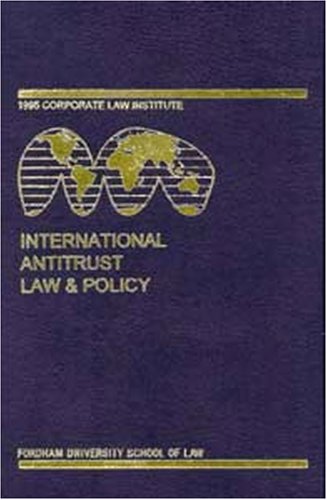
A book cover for International Antitrust Law & Policy: Fordham Corporate Law 2001; Barry Hawk; Law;